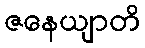
ဇနေယျာတိ